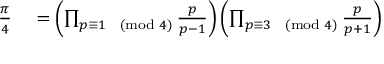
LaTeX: \begin{array} { r l } { { \frac { \pi } { 4 } } } & { { } = \left( \prod _ { p \equiv 1 { \pmod { 4 } } } { \frac { p } { p - 1 } } \right) \left( \prod _ { p \equiv 3 { \pmod { 4 } } } { \frac { p } { p + 1 } } \right) } \end{array}